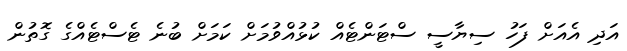
އަދި އެއަށް ފަހު ސިޔާސީ ސްޓަންޓެއް ކުޅުއްވުމަށް ކަމަށް ބުނެ ޓެސްޓެއްގެ ގޮތުން